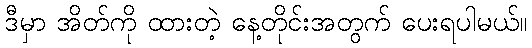
ဒီမှာ အိတ်ကို ထားတဲ့ နေ့တိုင်းအတွက် ပေးရပါမယ်။